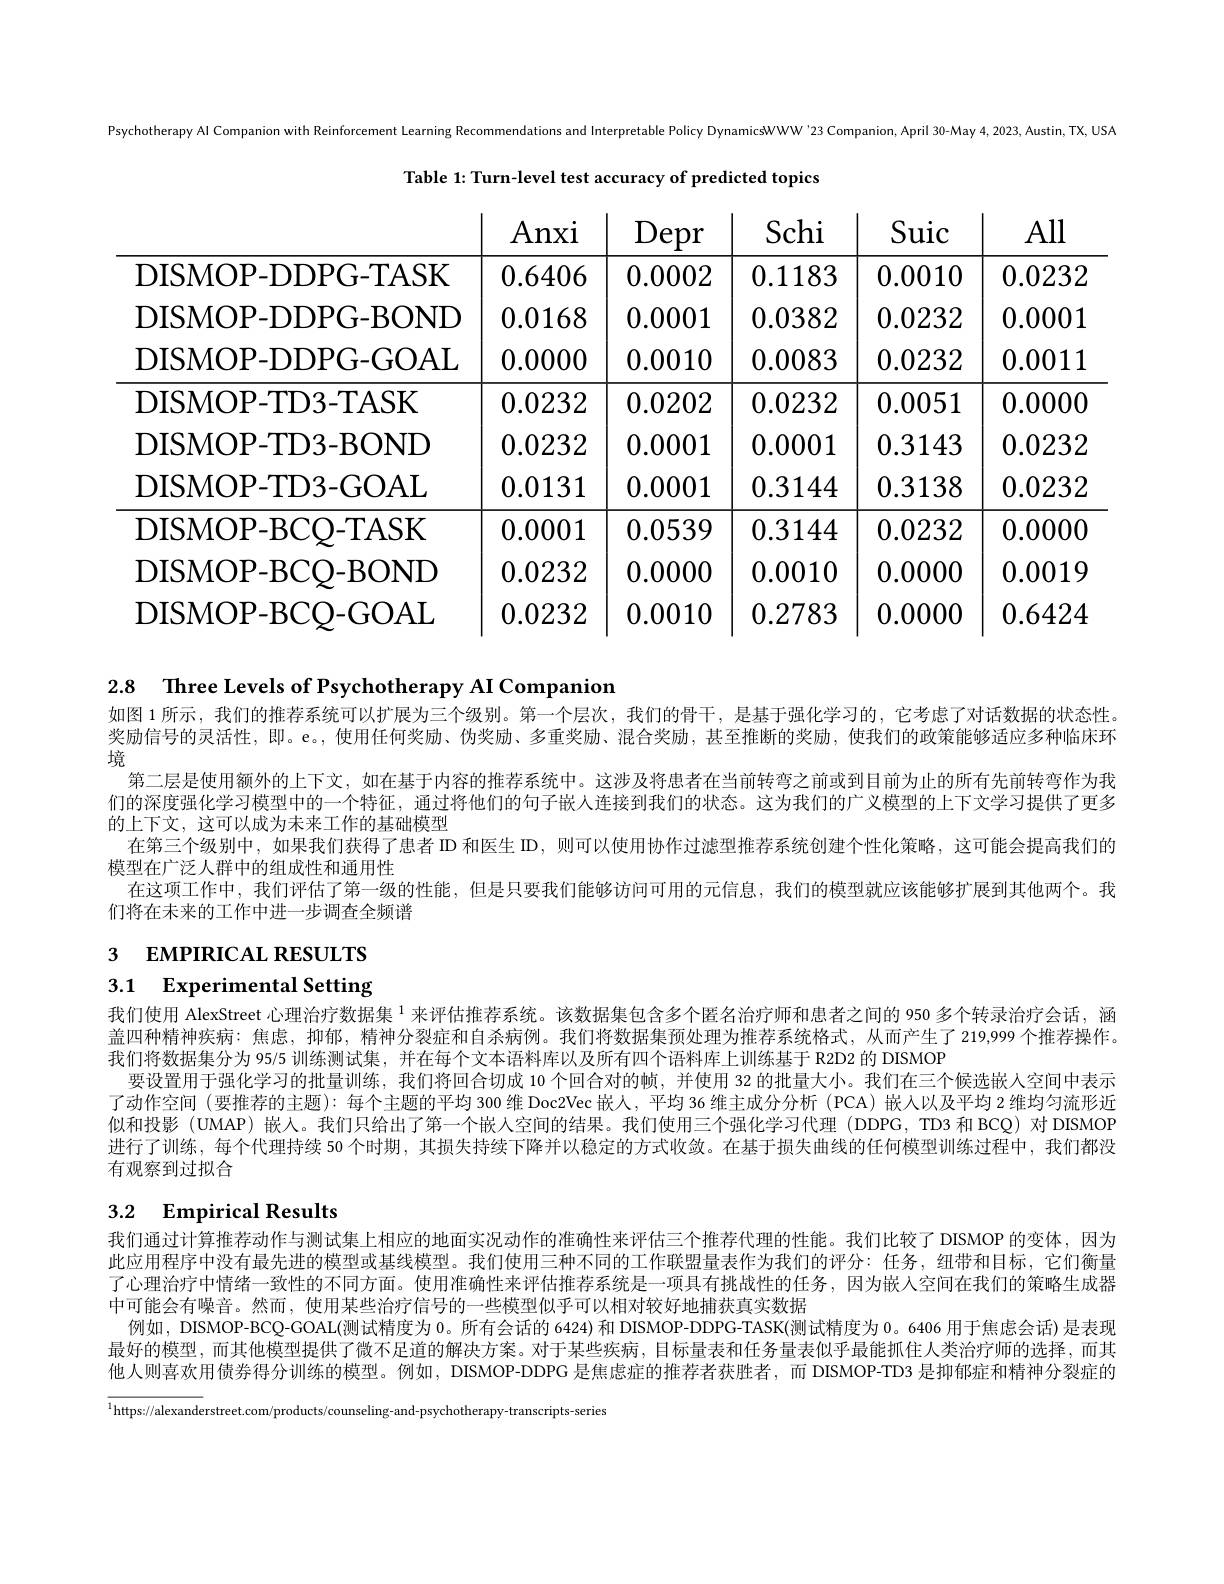
Psychotherapy Al Companion with Reinforcement Learning Recommendations and Interpretable Policy DynamicsWWW '23 Companion, April 30-May 4, 2023, Austin, TX, USA

Table 1: Turn-level test accuracy of predicted topics

<table>
	<tbody>
		<tr>
			<th> </th>
			<th>Anxi</th>
			<th>Depr</th>
			<th>Schi</th>
			<th>Suic</th>
			<th>All</th>
		</tr>
		<tr>
			<td>DISMOP-DDPG-TASK</td>
			<td>0.6406</td>
			<td>0.0002</td>
			<td>0.1183</td>
			<td>0.0010</td>
			<td>0.0232</td>
		</tr>
		<tr>
			<td>DISMOP-DDPG-BOND</td>
			<td>0.0168</td>
			<td>0.0001</td>
			<td>0.0382</td>
			<td>0.0232</td>
			<td>0.0001</td>
		</tr>
		<tr>
			<td>DISMOP-DDPG-GOAL</td>
			<td>0.0000</td>
			<td>0.0010</td>
			<td>0.0083</td>
			<td>0.0232</td>
			<td>0.0011</td>
		</tr>
		<tr>
			<td>DISMOP-TD3-TASK</td>
			<td>0.0232</td>
			<td>0.0202</td>
			<td>0.0232</td>
			<td>0.0051</td>
			<td>0.0000</td>
		</tr>
		<tr>
			<td>DISMOP-TD3-BOND</td>
			<td>0.0232</td>
			<td>0.0001</td>
			<td>0.0001</td>
			<td>0.3143</td>
			<td>0.0232</td>
		</tr>
		<tr>
			<td>DISMOP-TD3-GOAL</td>
			<td>0.0131</td>
			<td>0.0001</td>
			<td>0.3144</td>
			<td>0.3138</td>
			<td>0.0232</td>
		</tr>
		<tr>
			<td>DISMOP-BCO-TASK</td>
			<td>0.0001</td>
			<td>0.0539</td>
			<td>0.3144</td>
			<td>0.0232</td>
			<td>0.0000</td>
		</tr>
		<tr>
			<td>DISMOP-BCQ-BOND</td>
			<td>0.0232</td>
			<td>0.0000</td>
			<td>0.0010</td>
			<td>0.0000</td>
			<td>0.0019</td>
		</tr>
		<tr>
			<td>DISMOP-BCO-GOAL</td>
			<td>0.0232</td>
			<td>0.0010</td>
			<td>0.2783</td>
			<td>0.0000</td>
			<td>0.6424</td>
		</tr>
	</tbody>
</table>

2.8 Three Levels of Psychotherapy AI Companion

如图 1 所示，我们的推荐系统可以扩展为三个级别。第一个层次，我们的骨干，是基于强化学习的，它考虑了对话数据的状态性。奖励信号的灵活性，即。e。,使用任何奖励、伪奖励、多重奖励、混合奖励，甚至推断的奖励，使我们的政策能够适应多种临床环境
第二层是使用额外的上下文，如在基于内容的推荐系统中。这涉及将患者在当前转弯之前或到目前为止的所有先前转弯作为我们的深度强化学习模型中的一个特征，通过将他们的句子嵌人连接到我们的状态。这为我们的广义模型的上下文学习提供了更多的上下文，这可以成为未来工作的基础模型
在第三个级别中，如果我们获得了患者 ID 和医生 ID, 则可以使用协作过滤型推荐系统创建个性化策略，这可能会提高我们的
模型在广泛人群中的组成性和通用性
在这项工作中，我们评估了第一级的性能，但是只要我们能够访问可用的元信息，我们的模型就应该能够扩展到其他两个。我
们将在未来的工作中进一步调查全频谱
$_{3}$ EMPIRICAL RESULTS

# 3.1 Experimental Setting

我们使用 AlexStreet 心理治疗数据集 $^{1}$来评估推荐系统。该数据集包含多个匿名治疗师和患者之间的 950 多个转录治疗会话，涵盖四种精神疾病：焦虑，抑郁，精神分裂症和自杀病例。我们将数据集预处理为推荐系统格式，从而产生了 219,999个推荐操作。我们将数据集分为 95/5 训练测试集，并在每个文本语料库以及所有四个语料库上训练基于 R2D2 的 DISMOP
要设置用于强化学习的批量训练，我们将回合切成 10 个回合对的帧，并使用 32 的批量大小。我们在三个候选嵌人空间中表示了动作空间 (要推荐的主题):每个主题的平均 300 维 Doc2Vec 嵌人，平均 36 维主成分分析 (PCA) 嵌人以及平均 2 维均匀流形近似和投影 (UMAP) 嵌人。我们只给出了第一个嵌入空间的结果。我们使用三个强化学习代理 (DDPG, TD3 和 BCQ) 对 DISMOP 进行了训练，每个代理持续 50 个时期，其损失持续下降并以稳定的方式收敛。在基于损失曲线的任何模型训练过程中，我们都没有观察到过拟合

# 3.2 Empirical Results

我们通过计算推荐动作与测试集上相应的地面实况动作的准确性来评估三个推荐代理的性能。我们比较了DISMOP 的变体，因为此应用程序中没有最先进的模型或基线模型。我们使用三种不同的工作联盟量表作为我们的评分：任务，纽带和目标，它们衡量了心理治疗中情绪一致性的不同方面。使用准确性来评估推荐系统是一项具有挑战性的任务，因为嵌入空间在我们的策略生成器中可能会有噪音。然而，使用某些治疗信号的一些模型似乎可以相对较好地捕获真实数据
例如，DISMOP-BCQ-GOAL(测试精度为 0。所有会话的 6424) 和 DISMOP-DDPG-TASK(测试精度为 0。6406 用于焦虑会话) 是表现最好的模型，而其他模型提供了微不足道的解决方案。对于某些疾病，目标量表和任务量表似乎最能抓住人类治疗师的选择，而其他人则喜欢用债券得分训练的模型。例如，DISMOP-DDPG 是焦虑症的推荐者获胜者，而 DISMOP-TD3 是抑郁症和精神分裂症的

$^{1}$https://alexanderstreet.com/products/counseling-and-psychotherapy-transcripts-series